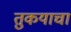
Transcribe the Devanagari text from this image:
तुकयाचा